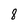
Character: 8